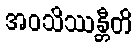
အဝသိဿန္တီတိ